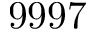
9 9 9 7